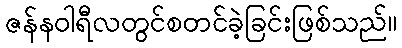
ဇန်နဝါရီလတွင်စတင်ခဲ့ခြင်းဖြစ်သည်။